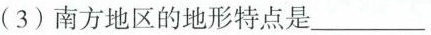
(3)南方地区的地形特点是___